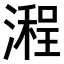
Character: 𣽿